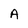
Character: A